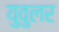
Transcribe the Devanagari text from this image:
युवुलर